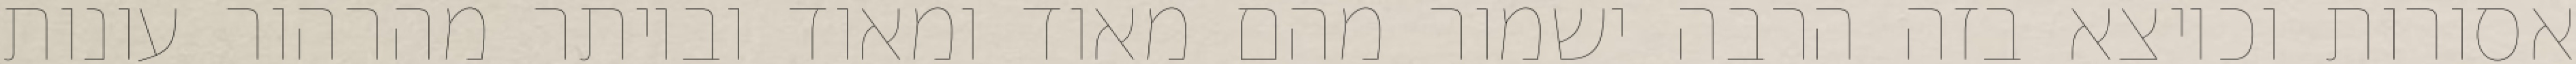
אסורות וכיוצא בזה הרבה ישמור מהם מאוד ומאוד וביותר מהרהור עונות